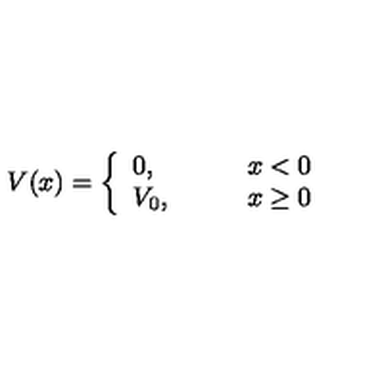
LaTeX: V ( x ) = \left\{ \begin{array} { l l } { 0 , } & { \qquad x < 0 } \\ { V _ { 0 } , } & { \qquad x \geq 0 } \\ \end{array} \right.